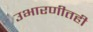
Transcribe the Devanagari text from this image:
उभारणीतही